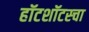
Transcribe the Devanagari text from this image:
हॉटशॉटस्चा